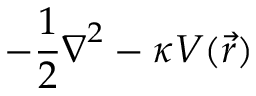
{ - \frac { 1 } { 2 } \boldsymbol { \nabla } ^ { 2 } - \kappa V ( \vec { r } ) }